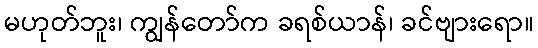
မဟုတ်ဘူး၊ ကျွန်တော်က ခရစ်ယာန်၊ ခင်ဗျားရော။